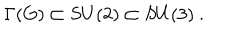
LaTeX: \Gamma ( G ) \subset S U ( 2 ) \subset S U ( 3 ) \ .